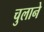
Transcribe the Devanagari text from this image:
चुलाने